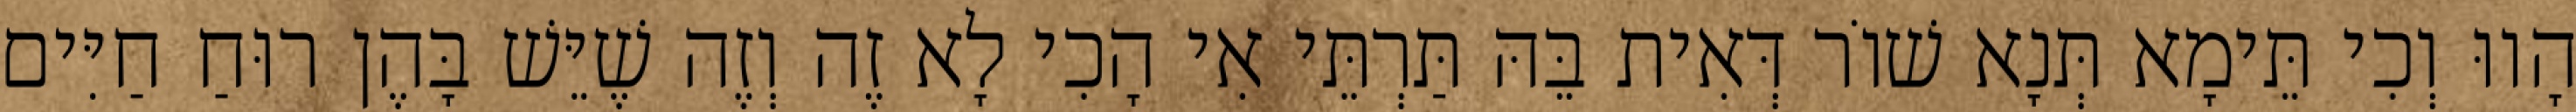
הָווּ וְכִי תֵּימָא תְּנָא שׁוֹר דְּאִית בֵּהּ תַּרְתֵּי אִי הָכִי לָא זֶה וְזֶה שֶׁיֵּשׁ בָּהֶן רוּחַ חַיִּים